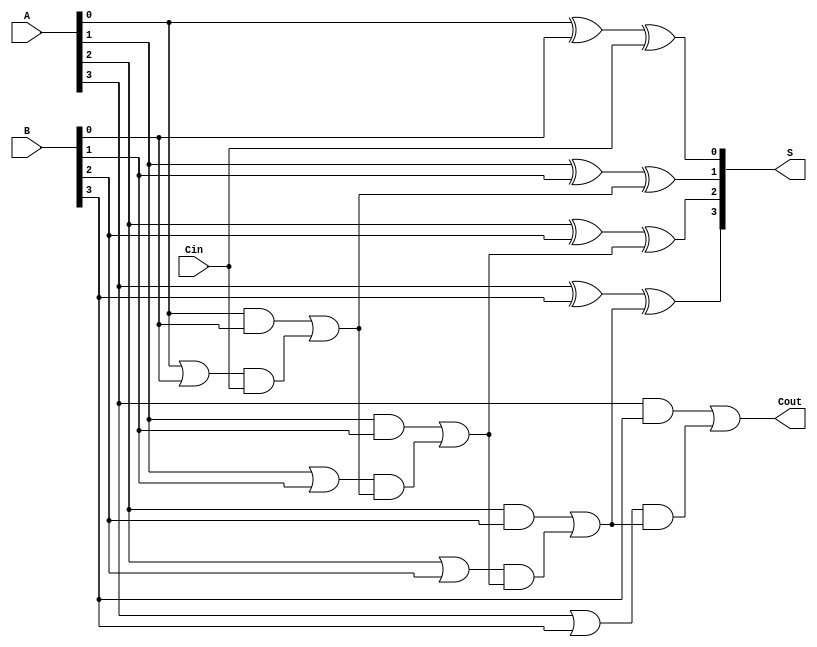
module CLA #(
    parameter N = 4 // You can change this parameter to increase/decrease the bit-width
)(
    input  [N-1:0] A,      // First n-bit input
    input  [N-1:0] B,      // Second n-bit input
    input        Cin,       // Carry input
    output [N-1:0] S,      // n-bit sum output
    output       Cout       // Carry output
);

// Internal signals for generate and propagate
wire [N-1:0] G; // Generate signals
wire [N-1:0] P; // Propagate signals
wire [N:0] C;    // Carry signals

// Generate and Propagate calculations
genvar i;
generate
    for (i = 0; i < N; i = i + 1) begin : gen_and_prop
        assign G[i] = A[i] & B[i];     // Generate
        assign P[i] = A[i] | B[i];     // Propagate
    end
endgenerate

// Carry calculations
assign C[0] = Cin; // Initial carry input
generate
    for (i = 1; i <= N; i = i + 1) begin : carry_logic
        assign C[i] = G[i-1] | (P[i-1] & C[i-1]); // Carry logic
    end
endgenerate

// Sum calculation
generate
    for (i = 0; i < N; i = i + 1) begin : sum_calc
        assign S[i] = A[i] ^ B[i] ^ C[i]; // Sum calculation
    end
endgenerate

// Carry out
assign Cout = C[N]; // Final carry output

endmodule